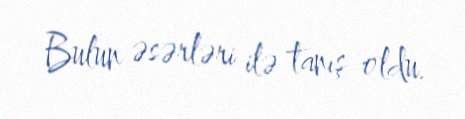
Bulun əsərləri ilə tanış oldu.